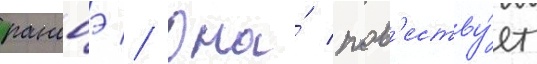
ранобэ // Она́ пов'еству́ет